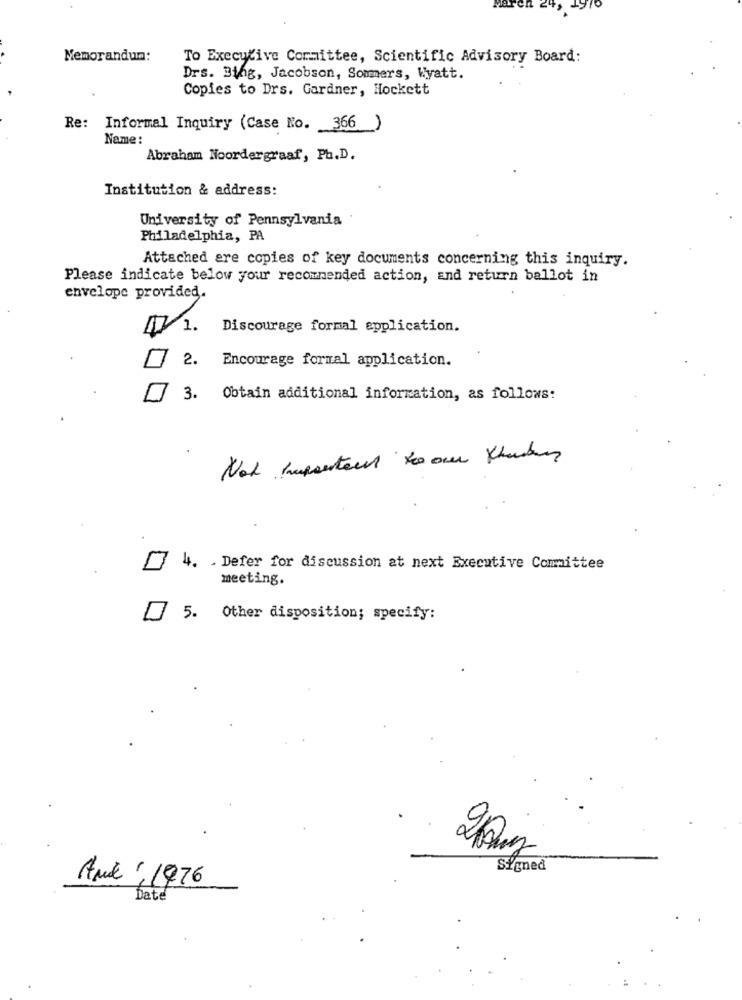
Maren
Memorandum:
To Executive Committee, Scientific Advisory Board:
Drs. Bing, Jacobson, Sommers, Wyatt.
Copies to Drs. Gardner, Hockett
Re: Informal Inquiry (Case No. 366 )
Name :
Abraham Noordergraaf, Ph.D.
Institution & address:
University of Pennsylvania
Philadelphia, PA
Attached are copies of key documents concerning this inquiry.
Please indicate below your recommended action, and return ballot in
envelope provided.
₡1.
Discourage formal application.
2.
Encourage formal application.
3. Obtain additional information, as follows:
Not Important to our thunder
4. . Defer for discussion at next Executive Committee
meeting.
5. Other disposition; specify:
20mg
SÝmed
Ard ,1976
Date